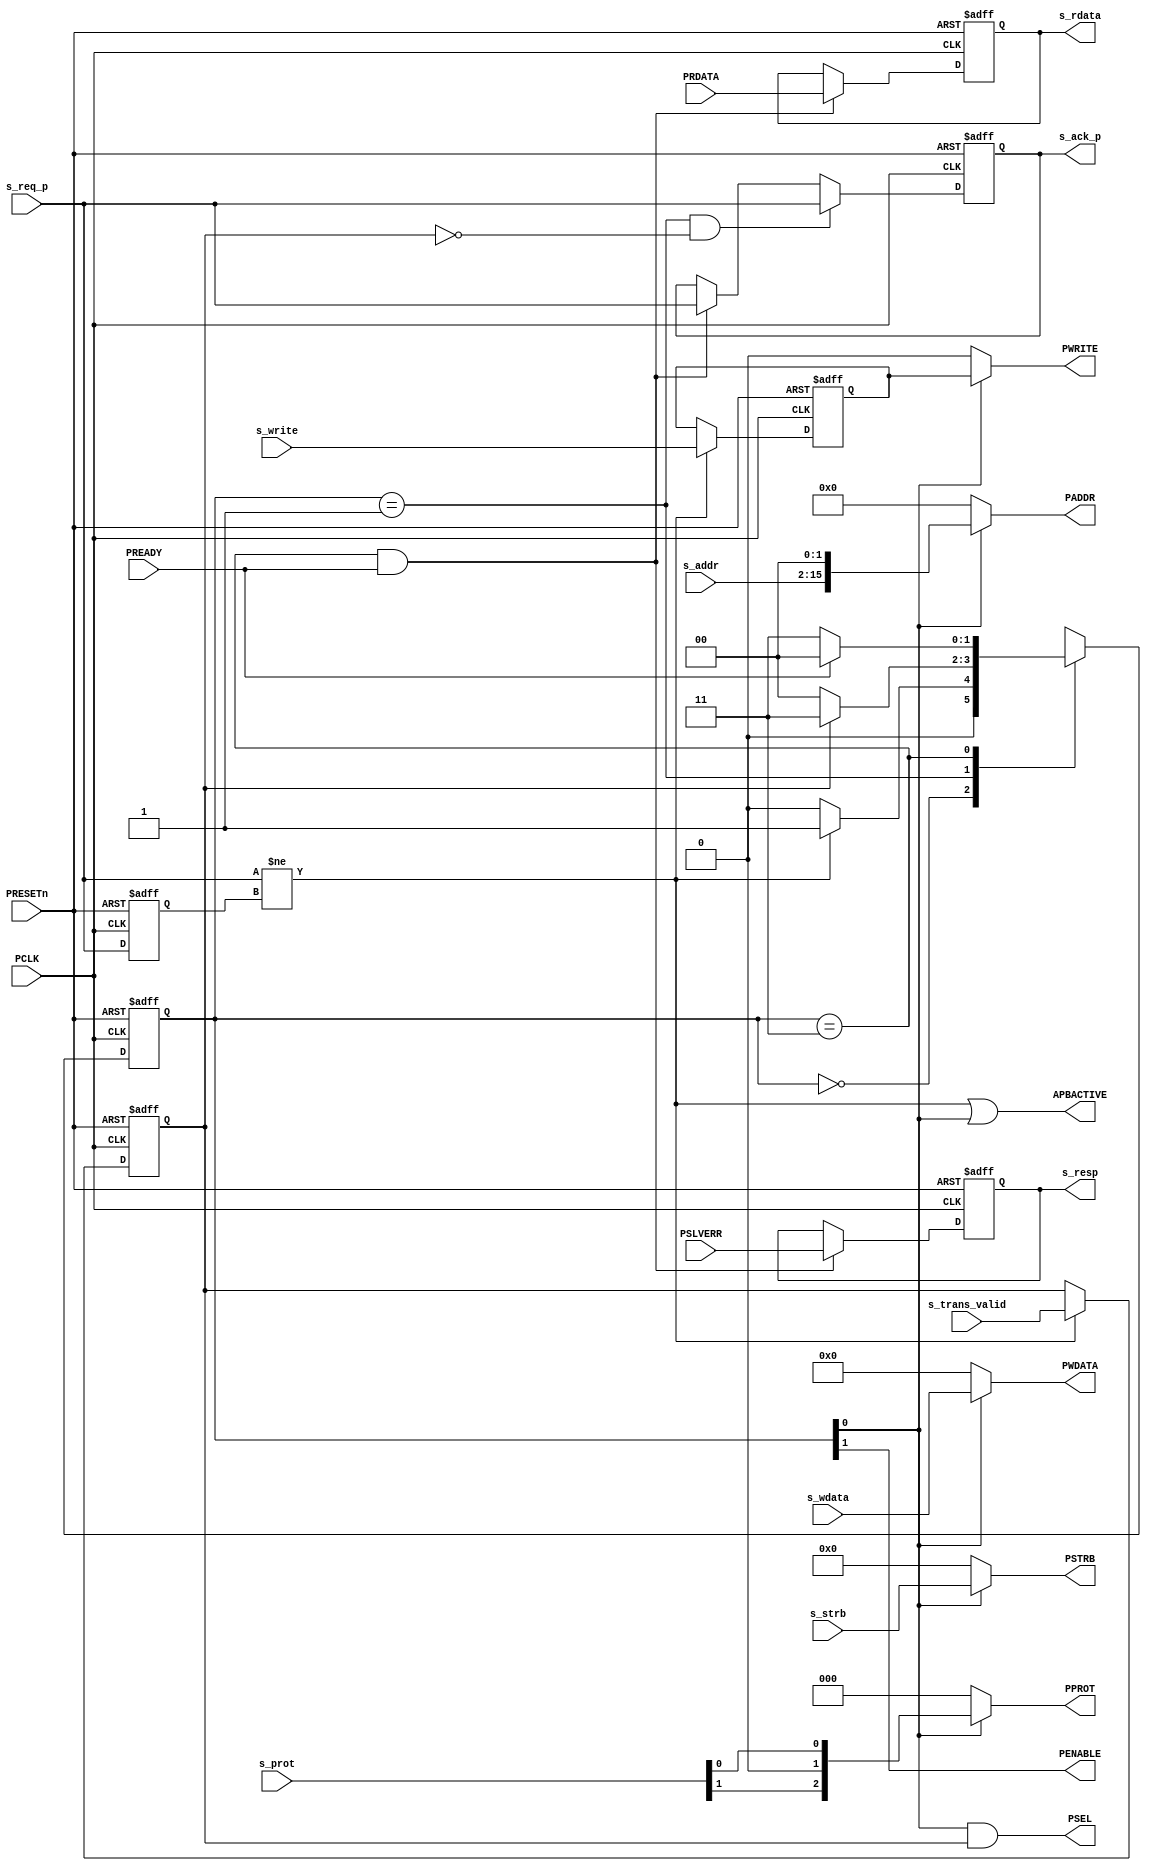
//-----------------------------------------------------------------------------
// The confidential and proprietary information contained in this file may
// only be used by a person authorised under and to the extent permitted
// by a subsisting licensing agreement from ARM Limited.
//
//            (C) COPYRIGHT 2010-2013 ARM Limited.
//                ALL RIGHTS RESERVED
//
// This entire notice must be reproduced on all copies of this file
// and copies of this file may only be made by a person if such person is
// permitted to do so under the terms of a subsisting license agreement
// from ARM Limited.
//
//      SVN Information
//
//      Checked In          : $Date: 2013-04-10 15:07:36 +0100 (Wed, 10 Apr 2013) $
//
//      Revision            : $Revision: 243494 $
//
//      Release Information : Cortex-M System Design Kit-r1p0-01rel0
//
//-----------------------------------------------------------------------------
//-----------------------------------------------------------------------------
// Abstract : APB domain logic for asynchronous AHB to APB bridge
//-----------------------------------------------------------------------------
//
module cmsdk_ahb_to_apb_async_p #(
  // Parameter to define address width
  // 16 = 2^16 = 64KB APB address space
  parameter     ADDRWIDTH = 16)
 (
// --------------------------------------------------------------------------
// Port Definitions
// --------------------------------------------------------------------------

  input  wire                 PCLK,      // Un-gated peripheral bus clock
  input  wire                 PRESETn,   // Peripheral bus reset

  input  wire                 s_req_p,   // Handshaking Output
  output wire                 s_ack_p,   // Handshaking Input

  input  wire [ADDRWIDTH-3:0] s_addr,     // Address
  input  wire                 s_trans_valid, // Transfer valid
  input  wire           [1:0] s_prot,     // PROT information
  input  wire           [3:0] s_strb,     // Byte strobe information
  input  wire                 s_write,
  input  wire          [31:0] s_wdata,

  output reg           [31:0] s_rdata,    // Sampled bus outputs
  output reg                  s_resp,

                                          // APB Output
  output wire [ADDRWIDTH-1:0] PADDR,      // APB Address
  output wire                 PENABLE,    // APB Enable
  output wire                 PWRITE,     // APB Write
  output wire           [3:0] PSTRB,      // APB Byte Strobe
  output wire           [2:0] PPROT,      // APB Prot
  output wire          [31:0] PWDATA,     // APB write data
  output wire                 PSEL,       // APB Select

  input  wire          [31:0] PRDATA,     // APB Input
  input  wire                 PREADY,
  input  wire                 PSLVERR,

  output wire                 APBACTIVE); // APB bus is active, for clock gating
                                          // of APB bus

  // --------------------------------------------------------------------------
  // Internal wires
  // --------------------------------------------------------------------------
  reg                    last_s_req_p; // Stored last request signal
  reg                    reg_s_ack_p;  // Register for ack output
  reg                    nxt_s_ack_p;  // Next state for ack output

  // State machine
  localparam fsm_apb_idle = 2'b00; // 00 - IDLE / DONE / Second cycle of Error response
  localparam fsm_apb_cyc1 = 2'b01; // 01 - first cycle of transfer
  localparam fsm_apb_wait = 2'b11; // 11 - other cycles of transfer
  localparam fsm_apb_unused = 2'b10;
  reg              [1:0] curr_state;
  reg              [1:0] next_state;

  wire                   req_detect; // Transfer request detect
  wire                   trans_done; // Transfer done

  reg                    s_write_reg;
  reg                    s_trans_valid_reg;

  // --------------------------------------------------------------------------
  // Start of main code
  // --------------------------------------------------------------------------

  // Sampling request
  always @(posedge PCLK or negedge PRESETn)
  begin
  if (~PRESETn)
    last_s_req_p <= 1'b0;
  else
    last_s_req_p <= s_req_p;
  end

  always @(posedge PCLK or negedge PRESETn)
  begin
  if (~PRESETn)
    s_trans_valid_reg <= 1'b0;
  else if (req_detect)
    s_trans_valid_reg <= s_trans_valid;
  end

  assign req_detect = (s_req_p != last_s_req_p); // toggle of request is detected
  assign trans_done = (curr_state==fsm_apb_wait) & PREADY;

  // Finite state machine
  always @(curr_state or req_detect or PREADY or s_trans_valid_reg)
  begin
    case (curr_state)
      fsm_apb_idle : // Idle
        begin
        if  (req_detect)
          next_state = fsm_apb_cyc1;  // First cycle of APB transfer
        else
          next_state = fsm_apb_idle;  // remain idle
        end
      fsm_apb_cyc1 : // First cycle of APB transfer,
              // if transfer is invalid (due to sync glitch) return to idle
        next_state = (s_trans_valid_reg) ? fsm_apb_wait : fsm_apb_idle;
      fsm_apb_wait : // Remaining cycles of APB transfer
        begin
        if (PREADY)
          next_state = fsm_apb_idle;  // return to idle
        else
          next_state = fsm_apb_wait;  // wait for PREADY
        end
      default:
        next_state = 2'bxx;    // Should not be here
    endcase
  end

  // Sequential part of the state machine
  always @(posedge PCLK or negedge PRESETn)
  begin
  if (~PRESETn)
    curr_state <= fsm_apb_idle;
  else
    curr_state <= next_state;
  end

  // Sampling of read data
  always @(posedge PCLK or negedge PRESETn)
  begin
  if (~PRESETn)
    s_rdata <= {32{1'b0}};
  else if (trans_done)
    s_rdata <= PRDATA;
  end

  // Sampling of response
  always @(posedge PCLK or negedge PRESETn)
  begin
  if (~PRESETn)
    s_resp <= 1'b0;
  else if (trans_done)
    s_resp <= PSLVERR;
  end

  // Acknowledge generation
  always @(curr_state or s_trans_valid_reg or PREADY or s_req_p or reg_s_ack_p)
  begin
  if ((curr_state==fsm_apb_cyc1) & (~s_trans_valid_reg))
    nxt_s_ack_p = s_req_p; // Request detect but !s_trans_valid_reg -> reset
  else if ((curr_state==fsm_apb_wait) & PREADY)  // Acknowledge generation
    nxt_s_ack_p = s_req_p; // End of transfer
  else
    nxt_s_ack_p = reg_s_ack_p; // unchange
  end

  // Acknowledge registering
  always @(posedge PCLK or negedge PRESETn)
  begin
  if (~PRESETn)
    reg_s_ack_p <= 1'b0;
  else
    reg_s_ack_p <= nxt_s_ack_p;
  end

  // Sampling request
  always @(posedge PCLK or negedge PRESETn)
  begin
  if (~PRESETn)
    s_write_reg <= 1'b0;
  else if (req_detect)
    s_write_reg <= s_write;
  end

  assign s_ack_p     = reg_s_ack_p; // connect to top level
  assign APBACTIVE = req_detect | curr_state[0];

  // The following logic use bit encoding directly for best logic optimization
  assign PENABLE   = curr_state[1] ; // assert during fsm_apb_wait
  assign PSEL      = curr_state[0] & s_trans_valid_reg; // assert during fsm_apb_cyc1 and fsm_apb_wait
  assign PWRITE    = (curr_state[0]) ? s_write_reg : 1'b0;
  assign PPROT     = (curr_state[0]) ? {s_prot[1], 1'b0, s_prot[0]} : 3'b000;
  assign PSTRB     = (curr_state[0]) ? s_strb[3:0] : 4'b0000;
  assign PADDR     = (curr_state[0]) ? {s_addr, 2'b00} : {(ADDRWIDTH){1'b0}};
  assign PWDATA    = (curr_state[0]) ? s_wdata : {32{1'b0}};



`ifdef ARM_APB_ASSERT_ON
   // ------------------------------------------------------------
   // Assertions
   // ------------------------------------------------------------
`include "std_ovl_defines.h"
   // Ensure curr_state must not be 2'b10
   assert_never
     #(`OVL_ERROR,`OVL_ASSERT,
       "state in illegal state")
   u_ovl_curr_state_illegal
     (.clk(PCLK), .reset_n(PRESETn),
      .test_expr(curr_state==fsm_apb_unused));
`endif

endmodule